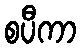
စပီကာ